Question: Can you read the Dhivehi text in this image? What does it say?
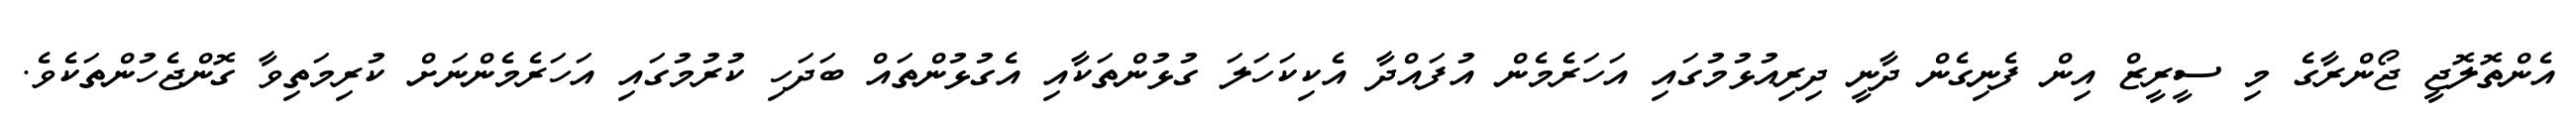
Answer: އެންތޮލޮޖީ ޖޯންރާގެ މި ސީރީޒް އިން ފެނިގެން ދާނީ ދިރިއުޅުމުގައި އަހަރެމެން އުފައްދާ އެކިކަހަލަ ގުޅުންތަކާއި އެގުޅުންތައް ބަދަހި ކުރުމުގައި އަހަރެމެންނަށް ކުރިމަތިވާ ގޮންޖެހުންތަކެވެ.